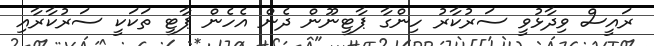
ރައީސް ވިދާޅުވީ ސަރުކާރު ހިންގާ ޕާޓީނޫން ދެން އެހެން ޕާޓީ ތަކަކީ ސަރުކާރާއި